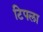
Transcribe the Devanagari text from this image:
टिपला